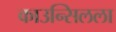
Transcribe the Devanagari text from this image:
काउन्सिलला